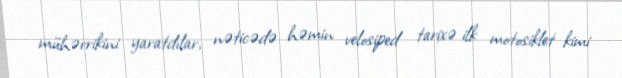
mühərrikini yaratdılar, nəticədə həmin velosiped tarixə ilk motosiklet kimi